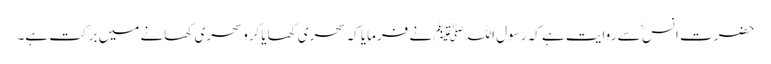
حضرت انس ؓ سے روایت ہے کہ رسول اللہﷺ نے فرمایا کہ سحری کھایاکرو سحری کھانے میں برکت ہے۔